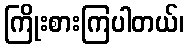
ကြိုးစားကြပါတယ်၊